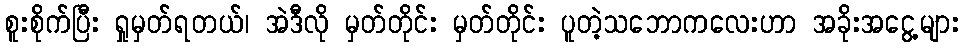
စူးစိုက်ပြီး ရှုမှတ်ရတယ်၊ အဲဒီလို မှတ်တိုင်း မှတ်တိုင်း ပူတဲ့သဘောကလေးဟာ အခိုးအငွေ့များ